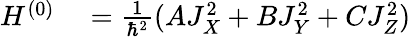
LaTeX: \begin{array}{rl}{H^{(0)}}&{{}=\frac{1}{\hbar^{2}}(AJ_{X}^{2}+BJ_{Y}^{2}+CJ_{Z}^{2})}\end{array}